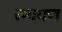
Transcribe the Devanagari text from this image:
रमायण